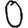
Digit: 0